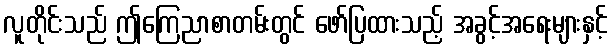
လူတိုင်းသည် ဤကြေညာစာတမ်းတွင် ဖော်ပြထားသည့် အခွင့်အရေးများနှင့်